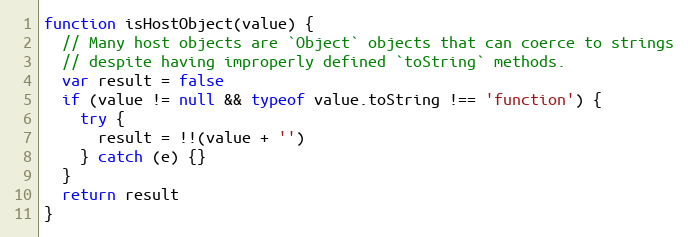
Language: JavaScript
function isHostObject(value) {
  // Many host objects are `Object` objects that can coerce to strings
  // despite having improperly defined `toString` methods.
  var result = false
  if (value != null && typeof value.toString !== 'function') {
    try {
      result = !!(value + '')
    } catch (e) {}
  }
  return result
}